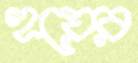
হয়ের